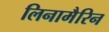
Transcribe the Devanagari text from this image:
लिनामैरिन